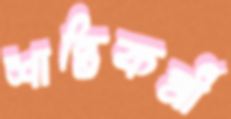
শান্তিকর্মী